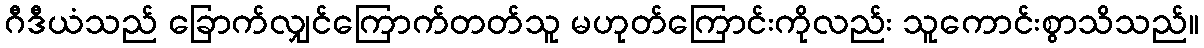
ဂီဒီယံသည် ခြောက်လျှင်ကြောက်တတ်သူ မဟုတ်ကြောင်းကိုလည်း သူကောင်းစွာသိသည်။